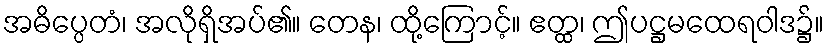
အဓိပ္ပေတံ၊ အလိုရှိအပ်၏။ တေန၊ ထို့ကြောင့်။ ဧတ္ထ၊ ဤပဋ္ဌမထေရဝါဒ၌။